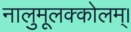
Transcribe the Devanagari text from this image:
नालुमूलक्कोलम्।